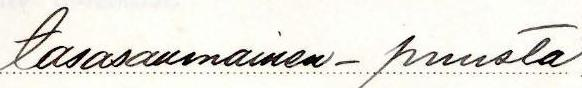
tasasaumainen - puusta